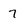
Character: 7